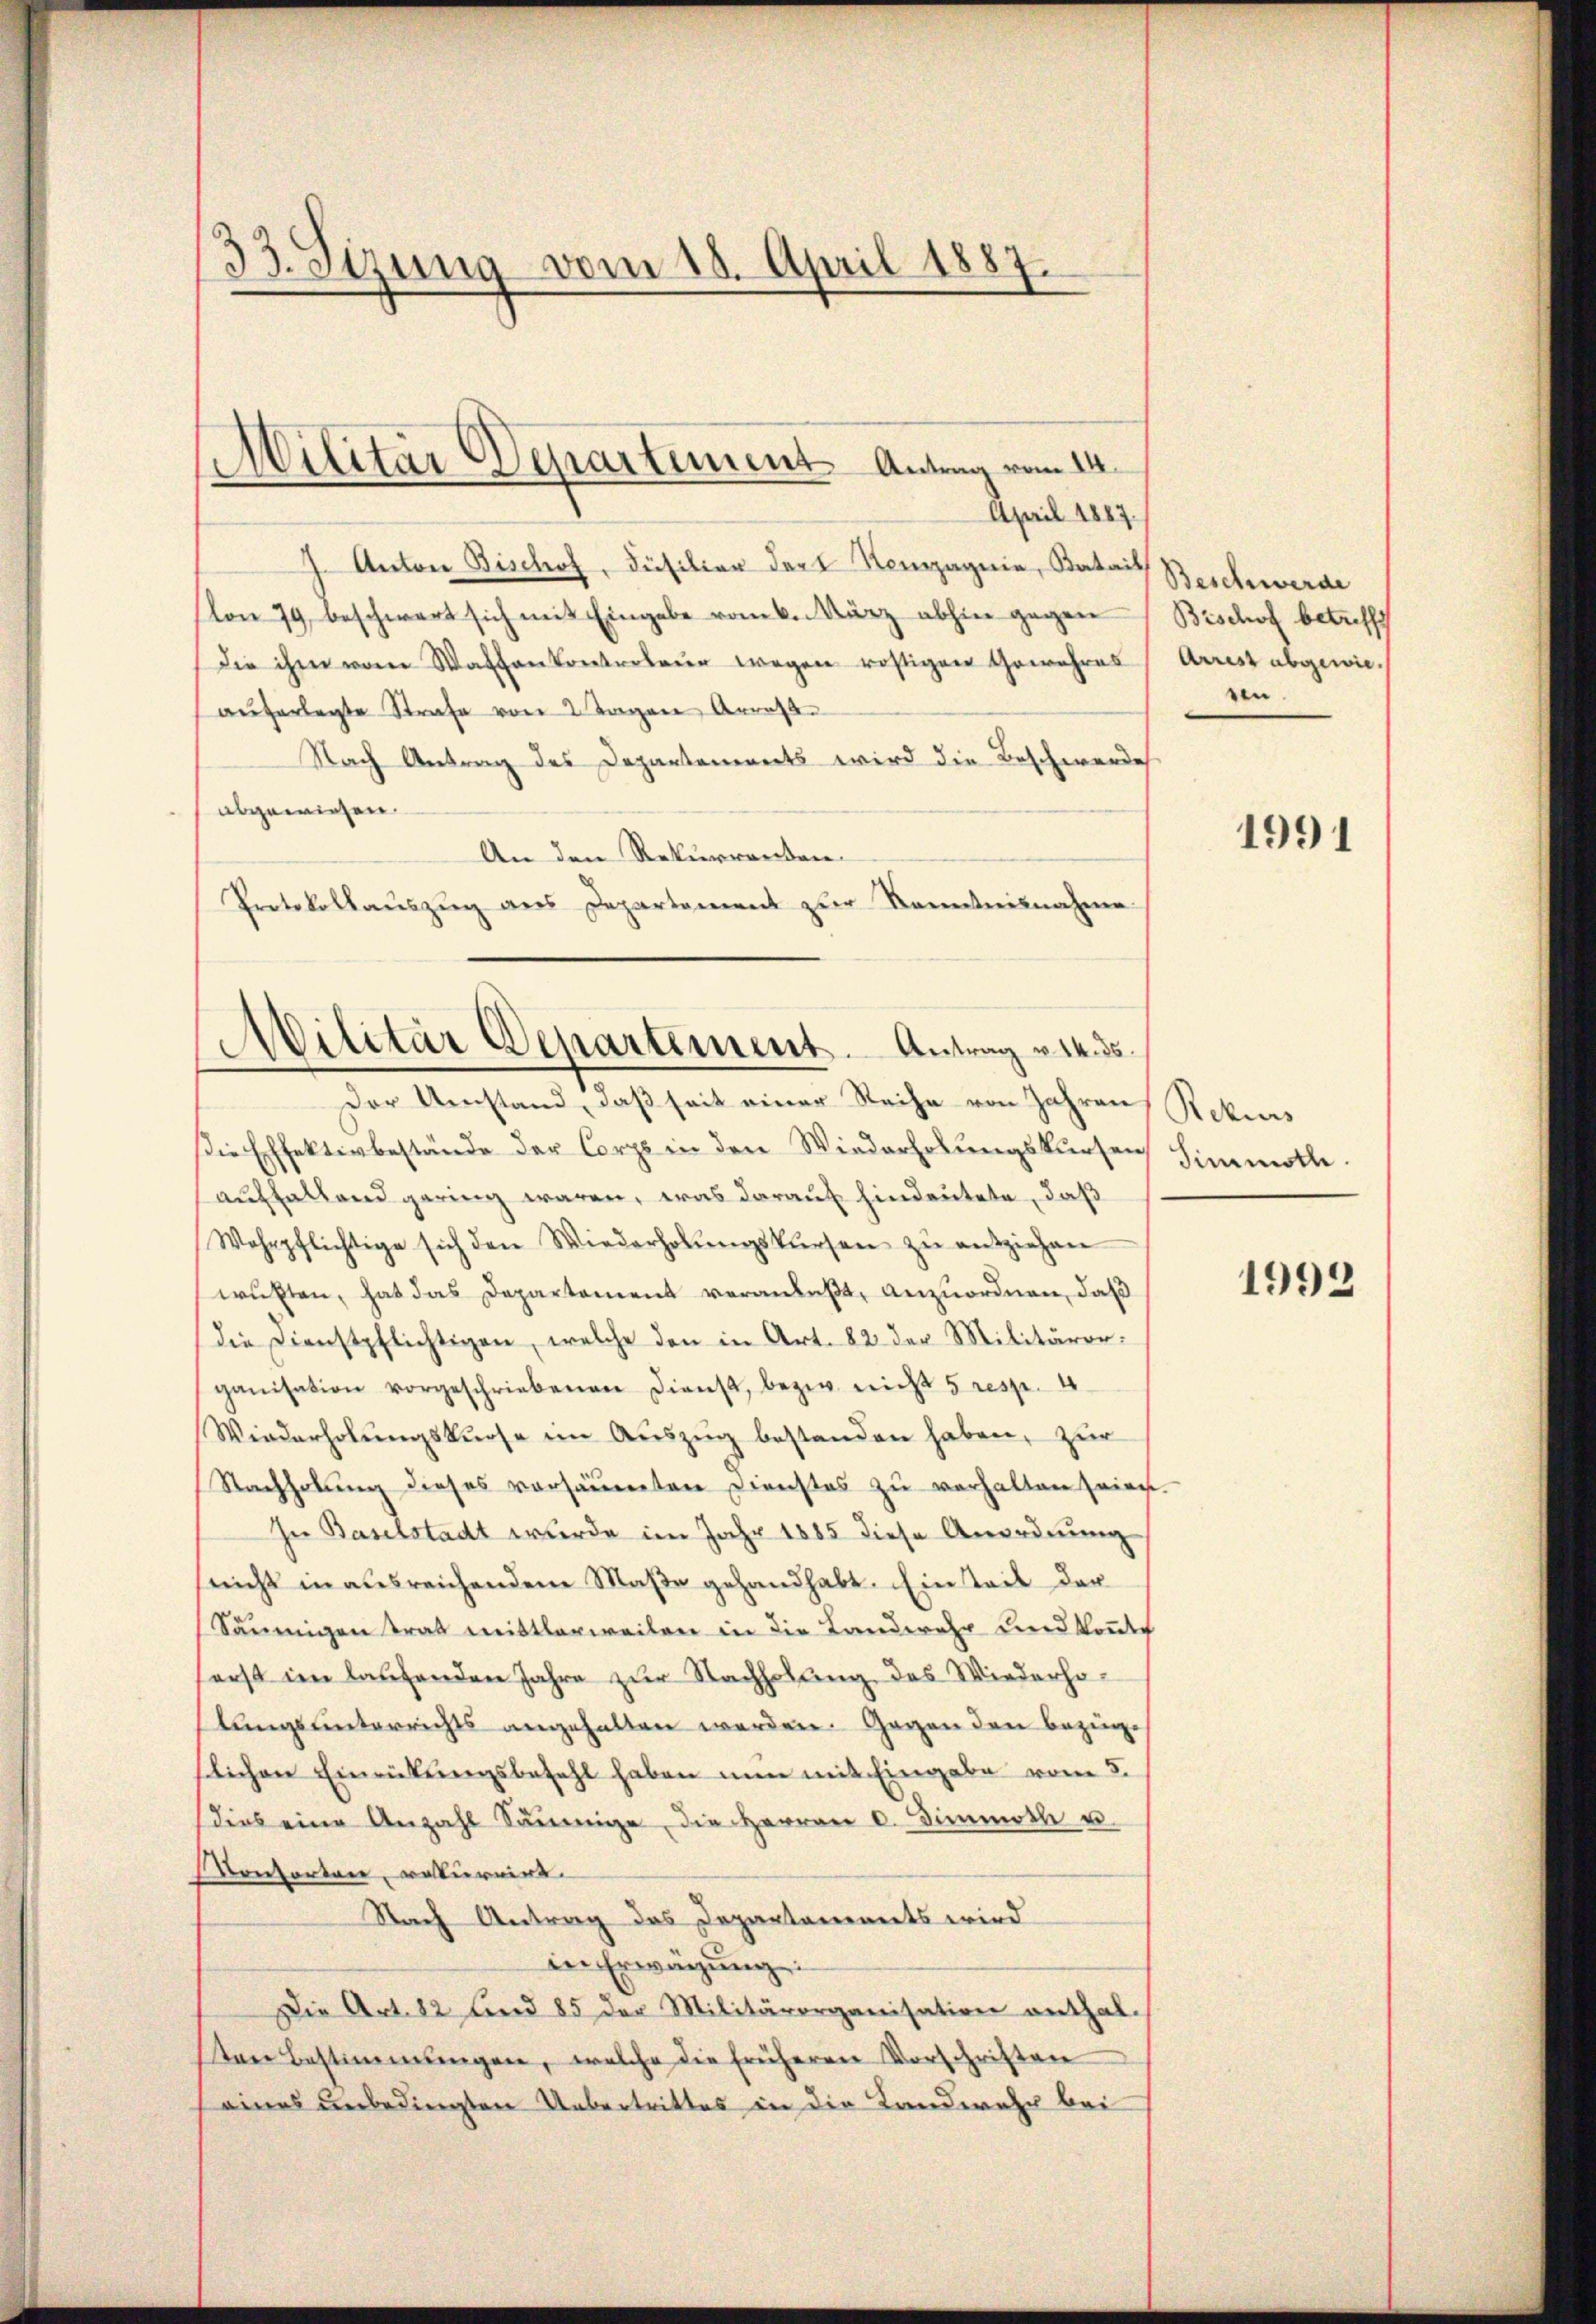
33. Sizung vom 18. April 1887.

J. Anton Bischof, Füsilier dort Kompagnie, Batail
Von 79, beschwert sich mit Eingabe vom 6. März abhin gegen
die ihm vom Waffenkontroleur wegen rostigen Gewehres
aŭferlegte Strafe von 2 Tagen Arrass
Nach Antrag des Departements wird die Beschwerde
abgewiesen
An den Rekurrenten.
Protokollauszug aus Departement zur Kenntnisnahme

Militär Departement Antrag vom 14.
April 1887.

Militär Departement. Antrag v. 14. ds.

Der Umstand, daß seit einer Reihe von Jahren Rekurs
Die Effektivbestände der Corps in den Wiederholungskursen Simmoth.
auffallend gering waren, was darauf hindeutete, daß
Wehrpflichtige sich den Wiederholŭngskursen zŭ ausziehen
wußten, hat das Departement veranlaßt, anzuordnen, daß
die Dienstpflichtigen, welche den in Art. 82 der Militärer
ganisation vorgeschriebenen Dienst, bezw. nicht 5 resp. 4
Wiederholŭngskurse im Auszug bestanden haben, zur
Nachholung dieses versäumten Dienstes zu verhalten seien.
In Baselstadt wurde im Jahr 1885 diese Anordnung
snicht in ausreichenden Maße gehandhabt. Ein Teil der
Säumigen trat mittlerweilen in die Landwehr und konnte
erst im laŭfenden Jahre zŭr Nachholŭng des Wiederho-
tungsunterrichts angehalten werden. Gegen den bezüge
blichen Einrückungsbefehl haben nun mit Eingabe vom 5.
dies eine Anzahl Säumige, die Herren C. Simmolle u.
Vontorten, rekurrirt.
Nach Antrag das Departements wird
in Erwägŭng:
Die Art. 82 und 85 der Militärorganisation enthal.
ten Bestimmungen, welche die früheren Vorschriften
eines unbedingten Uebertrittes in die Landwehr bei

Beschwerde
Bischof betreffe
Arrest abgewieen.

1991

1992